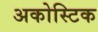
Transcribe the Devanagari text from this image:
अकोस्टिक